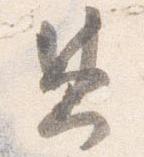
兼